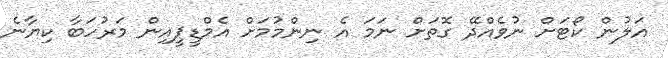
އަލުން ކޯޓަށް ނުވެއްދޭ ގޮތަށް ނަމަ އެ ނިންމުމަށް އެމްޑީޕީއިން މަރުހަބާ ކިޔާނެ